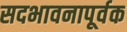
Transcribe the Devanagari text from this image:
सदभावनापूर्वक